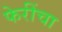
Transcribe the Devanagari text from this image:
फेरींचा